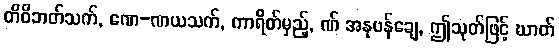
တိဝိဘတ်သက်, ဏေ-ဏယသက်, ကာရိတ်မှည့်, ဏ် အနုဗန်ချေ, ဤသုတ်ဖြင့် ဃာတ်